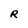
Character: R